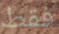
فقط